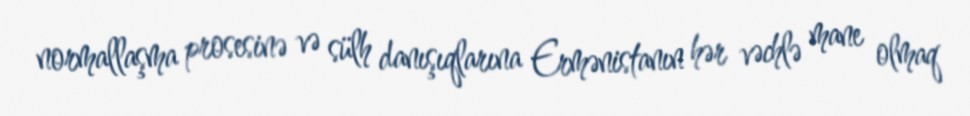
normallaşma prosesinə və sülh danışıqlarına Ermənistanın hər vəchlə mane olmaq